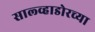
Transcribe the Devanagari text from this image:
साल्व्हाडोरच्या